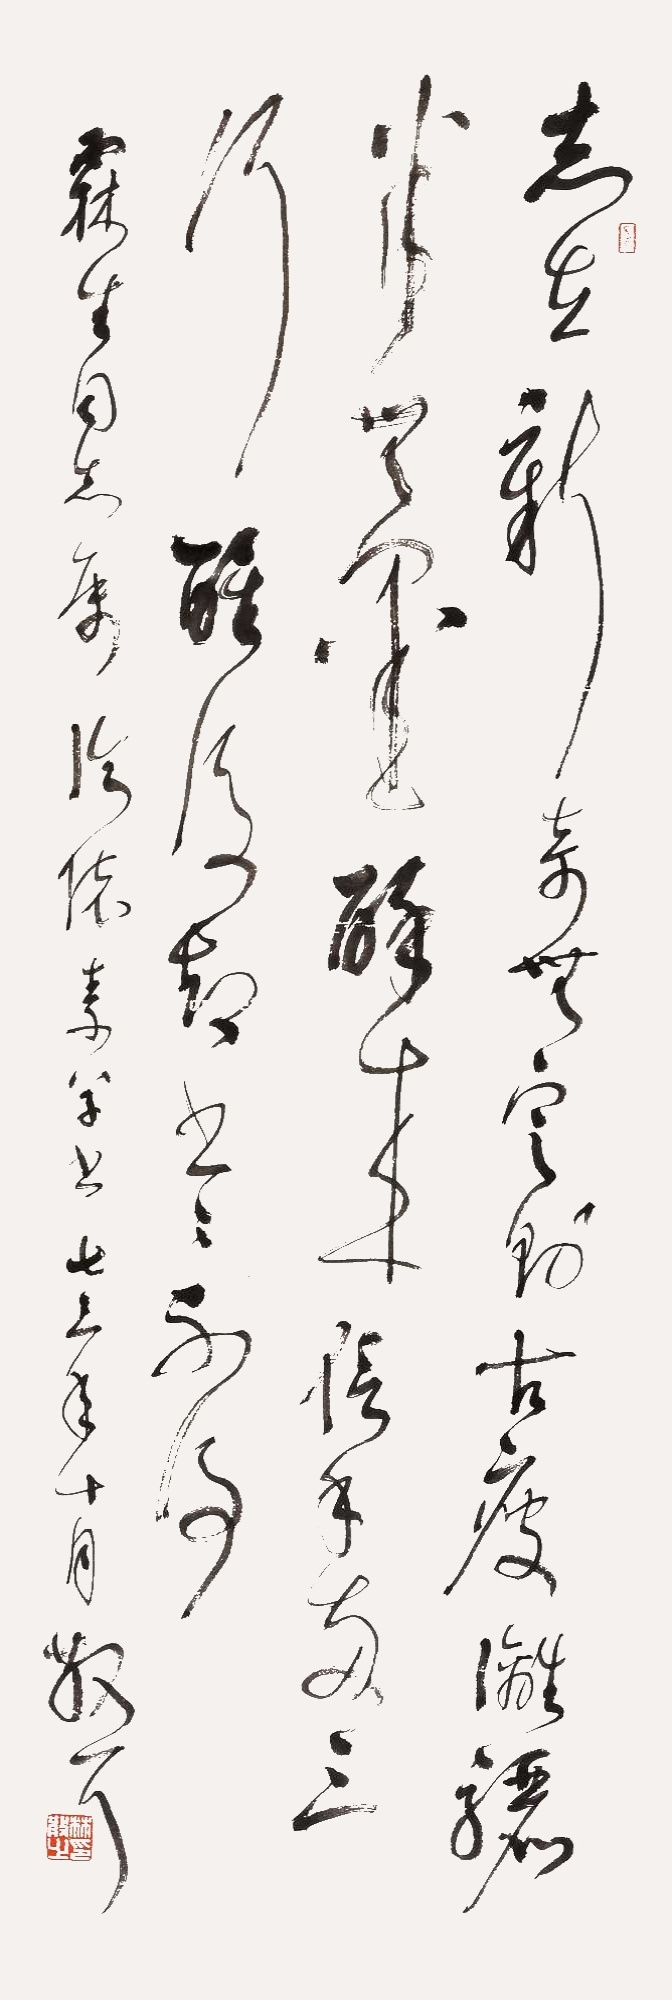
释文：志在新奇无定则，古瘦漓骊半无墨。醉来信手两三行，醒后却书书不得。霖生同志属临怀素草书，七三年十月，散耳。